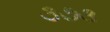
૩૭૩